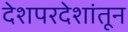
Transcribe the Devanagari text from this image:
देशपरदेशांतून